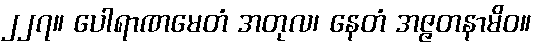
၂၂၇။ ပေါရာဏမေတံ အတုလ၊ နေတံ အဇ္ဇတနာမိဝ။